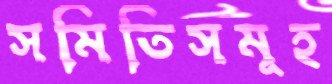
সমিতিসমূহ